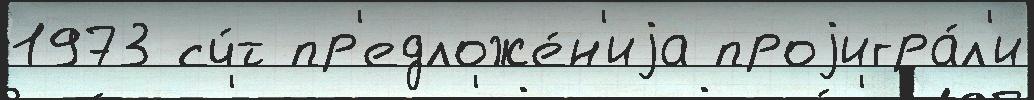
1973 сч́т пр'едложе́н'иjа проjигра́л'и